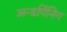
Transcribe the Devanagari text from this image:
अन्डर्पिनिंग